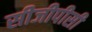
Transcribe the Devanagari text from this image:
सीजीपीसी